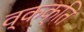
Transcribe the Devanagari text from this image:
व्कक्ति